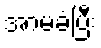
အာမခံပြီး